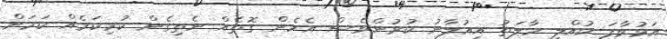
އަޅުވާފަ ކުއްލި ހާލަތު އިއުލާނު ކުރުންވެސް އެހެން ގޮތެއް ނެތިގެން ކުރިކަމެއް ކަމަށް